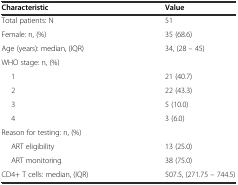
| Characteristic | Value |
 | --- | --- |
 | Total patients: N | 51 |
 | Female: n, (%) | 35 (68.6) |
 | Age (years): median, (IQR) | 34, (28 - 45) |
 | WHO stage: n, (%) |  |
 | 1 | 21 (40.7) |
 | 2 | 22 (43.3) |
 | 3 | 5 (10.0) |
 | 4 | 3 (6.0) |
 | Reason for testing: n, (%) |  |
 | ART eligibility | 13 (25.0) |
 | ART monitoring | 38 (75.0) |
 | CD4+ T cells: median, (IQR) | 507.5, (271.75 - 744.5) |